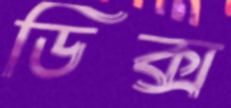
ডিক্স